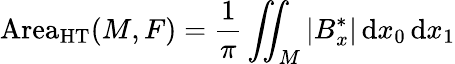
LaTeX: \operatorname{Area}_{\mathrm{HT}}(M,F)={\frac{1}{\pi}}\iint_{M}|B_{x}^{*}|\, \mathrm{d}x_{0}\, \mathrm{d}x_{1}